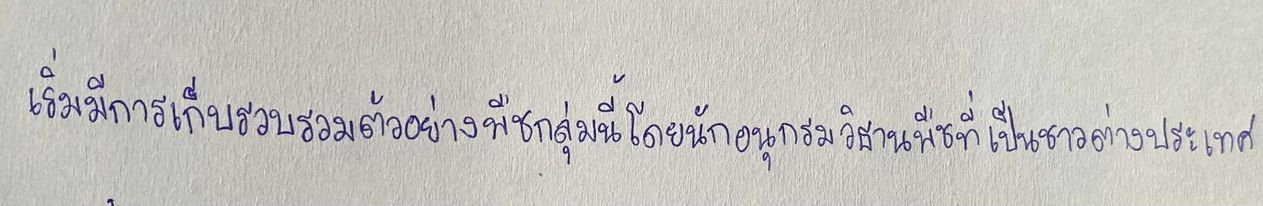
เริ่มมีการเก็บรวบรวมตัวอย่างพืชกลุ่มนี้โดยนักอนุกรมวิธานพืชที่เป็นชาวต่างประเทศ